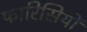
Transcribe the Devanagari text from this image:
फारिसियों